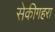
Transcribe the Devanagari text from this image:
सेकीगहरा